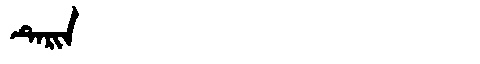
Manchu: ᡨᡝᡵᡳᠨ
Romanization: TERIN